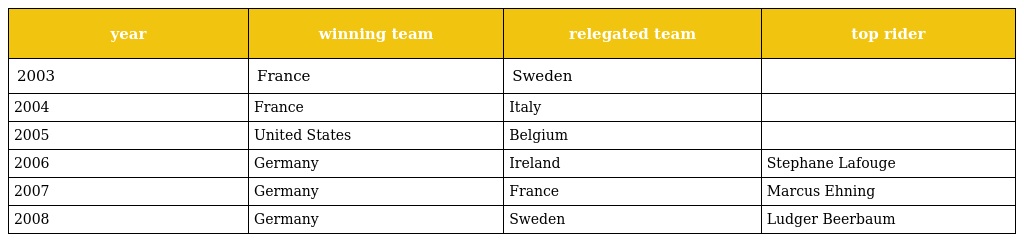
| year | winning team | relegated team | top rider |
 | --- | --- | --- | --- |
 | 2003 | France | Sweden |  |
 | 2004 | France | Italy |  |
 | 2005 | United States | Belgium |  |
 | 2006 | Germany | Ireland | Stephane Lafouge |
 | 2007 | Germany | France | Marcus Ehning |
 | 2008 | Germany | Sweden | Ludger Beerbaum |